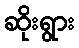
ဆိုးရွား